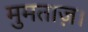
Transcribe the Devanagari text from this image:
मुमताज़।